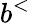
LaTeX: b^{<}